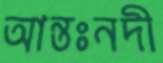
আন্তঃনদী